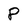
Character: 8